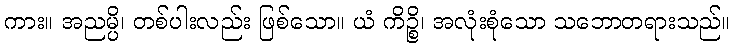
ကား။ အညမ္ပိ၊ တစ်ပါးလည်း ဖြစ်သော။ ယံ ကိဉ္စိ၊ အလုံးစုံသော သဘောတရားသည်။